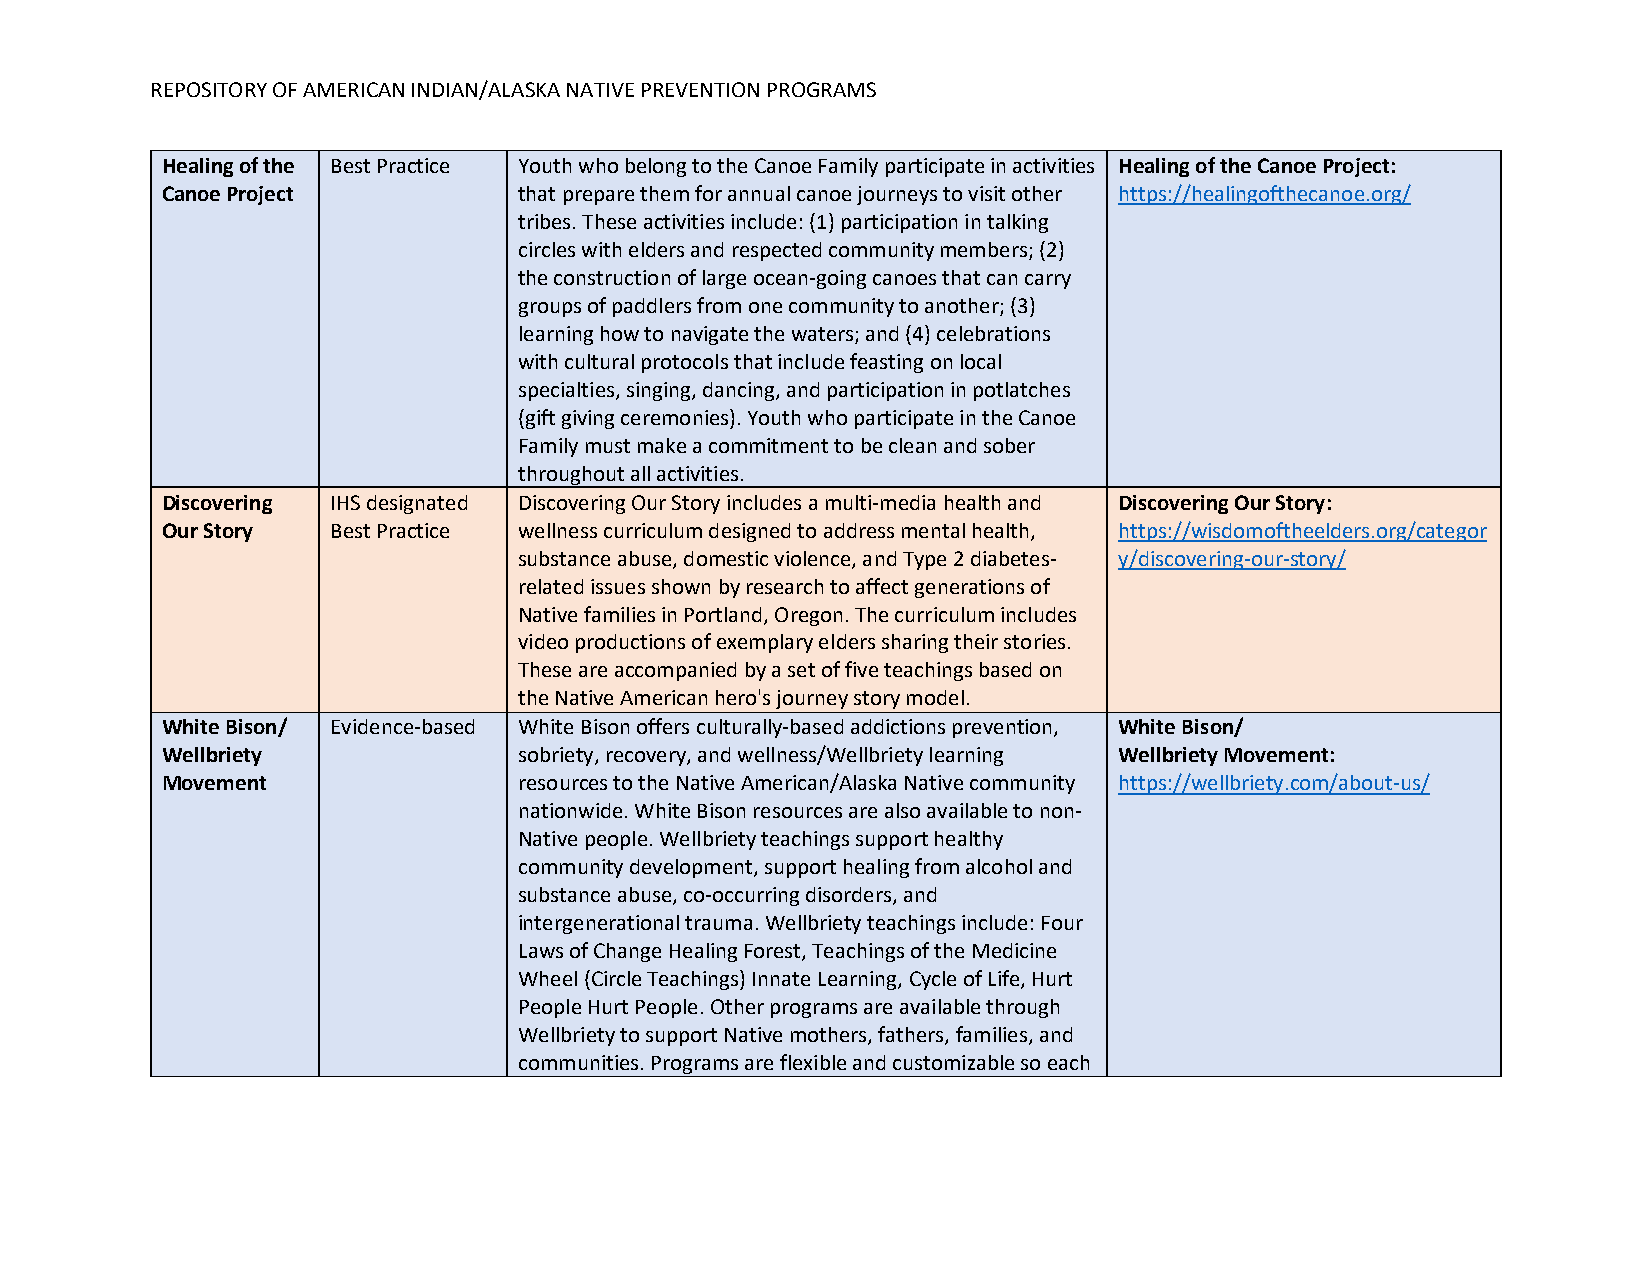
REPOSITORY OF AMERICAN INDIAN/ALASKA NATIVE PREVENTION PROGRAMS
 Healing of the Best Practice Youth who belong to the Canoe Family participate in activities Healing of the Canoe Project:
 Canoe Project          that prepare them for annual canoe journeys to visit other https://healingofthecanoe.org/
 tribes. These activities include: (1) participation in talking
 circles with elders and respected community members; (2)
 the construction of large ocean-going canoes that can carry
 groups of paddlers from one community to another; (3)
 learning how to navigate the waters; and (4) celebrations
 with cultural protocols that include feasting on local
 specialties, singing, dancing, and participation in potlatches
 (gift giving ceremonies). Youth who participate in the Canoe
 Family must make a commitment to be clean and sober
 throughout all activities.
 Discovering IHS designated Discovering Our Story includes a multi‐media health and Discovering Our Story:
 Our Story  Best Practice wellness curriculum designed to address mental health, https://wisdomoftheelders.org/categor
 substance abuse, domestic violence, and Type 2 diabetes‐ y/discovering-our-story/
 related issues shown by research to affect generations of
 Native families in Portland, Oregon. The curriculum includes
 video productions of exemplary elders sharing their stories.
 These are accompanied by a set of five teachings based on
 the Native American hero's journey story model.
 White Bison/ Evidence-based White Bison offers culturally-based addictions prevention, White Bison/
 Wellbriety             sobriety, recovery, and wellness/Wellbriety learning Wellbriety Movement:
 Movement               resources to the Native American/Alaska Native community https://wellbriety.com/about-us/
 nationwide. White Bison resources are also available to non-
 Native people. Wellbriety teachings support healthy
 community development, support healing from alcohol and
 substance abuse, co-occurring disorders, and
 intergenerational trauma. Wellbriety teachings include: Four
 Laws of Change Healing Forest, Teachings of the Medicine
 Wheel (Circle Teachings) Innate Learning, Cycle of Life, Hurt
 People Hurt People. Other programs are available through
 Wellbriety to support Native mothers, fathers, families, and
 communities. Programs are flexible and customizable so each